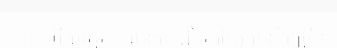
ល្អ ហើយទទួលបានការជឿទុកចិត្តកាន់តែច្រើន